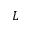
L